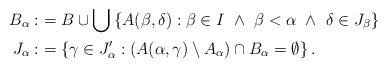
LaTeX: \begin{align*} B_\alpha :&= B\cup \bigcup\left\{A(\beta,\delta) : \beta\in I\ \wedge\ \beta<\alpha\ \wedge\ \delta\in J_\beta\right\} \ \\J_\alpha :&=\left\{\gamma \in J_\alpha' : \left(A(\alpha,\gamma) \setminus A_\alpha\right)\cap B_\alpha =\emptyset\right\}.\end{align*}